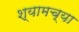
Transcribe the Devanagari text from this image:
श्यामच्या